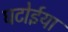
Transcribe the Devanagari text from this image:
घटोईया